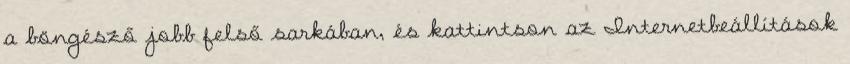
a böngésző jobb felső sarkában, és kattintson az Internetbeállítások